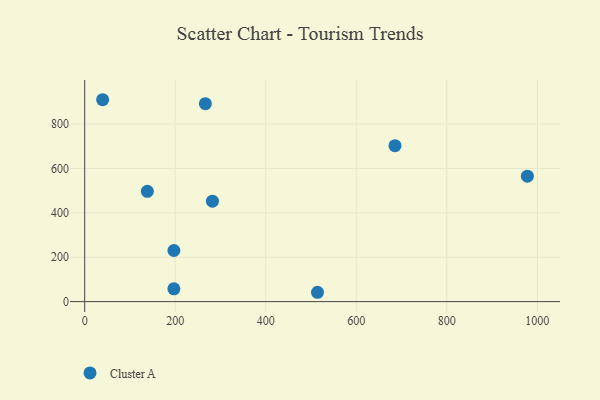
{"axis": {"x": "Price", "y": "Rating"}, "legend": ["Cluster A"], "data": [{"x": "138.4", "y": 496.8, "type": "Cluster A"}, {"x": "197.0", "y": 57.7, "type": "Cluster A"}, {"x": "978.0", "y": 565.3, "type": "Cluster A"}, {"x": "197.1", "y": 230.3, "type": "Cluster A"}, {"x": "514.3", "y": 42.1, "type": "Cluster A"}, {"x": "282.2", "y": 452.7, "type": "Cluster A"}, {"x": "266.6", "y": 891.9, "type": "Cluster A"}, {"x": "685.5", "y": 702.9, "type": "Cluster A"}, {"x": "39.6", "y": 909.8, "type": "Cluster A"}]}